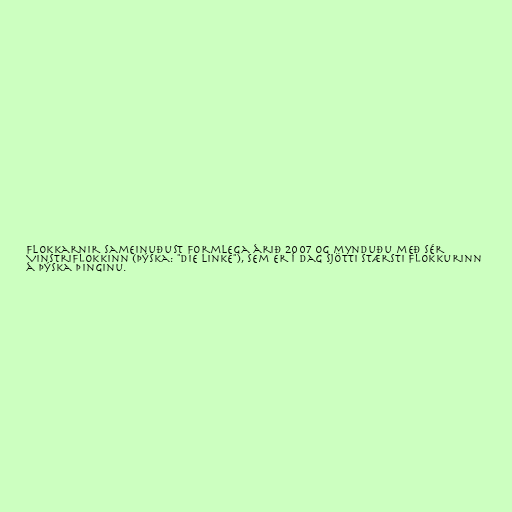
Flokkarnir sameinuðust formlega árið 2007 og mynduðu með sér
Vinstriflokkinn (þýska: "Die Linke"), sem er í dag sjötti stærsti flokkurinn
á þýska þinginu.